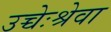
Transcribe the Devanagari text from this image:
उच्चेःश्रेवा